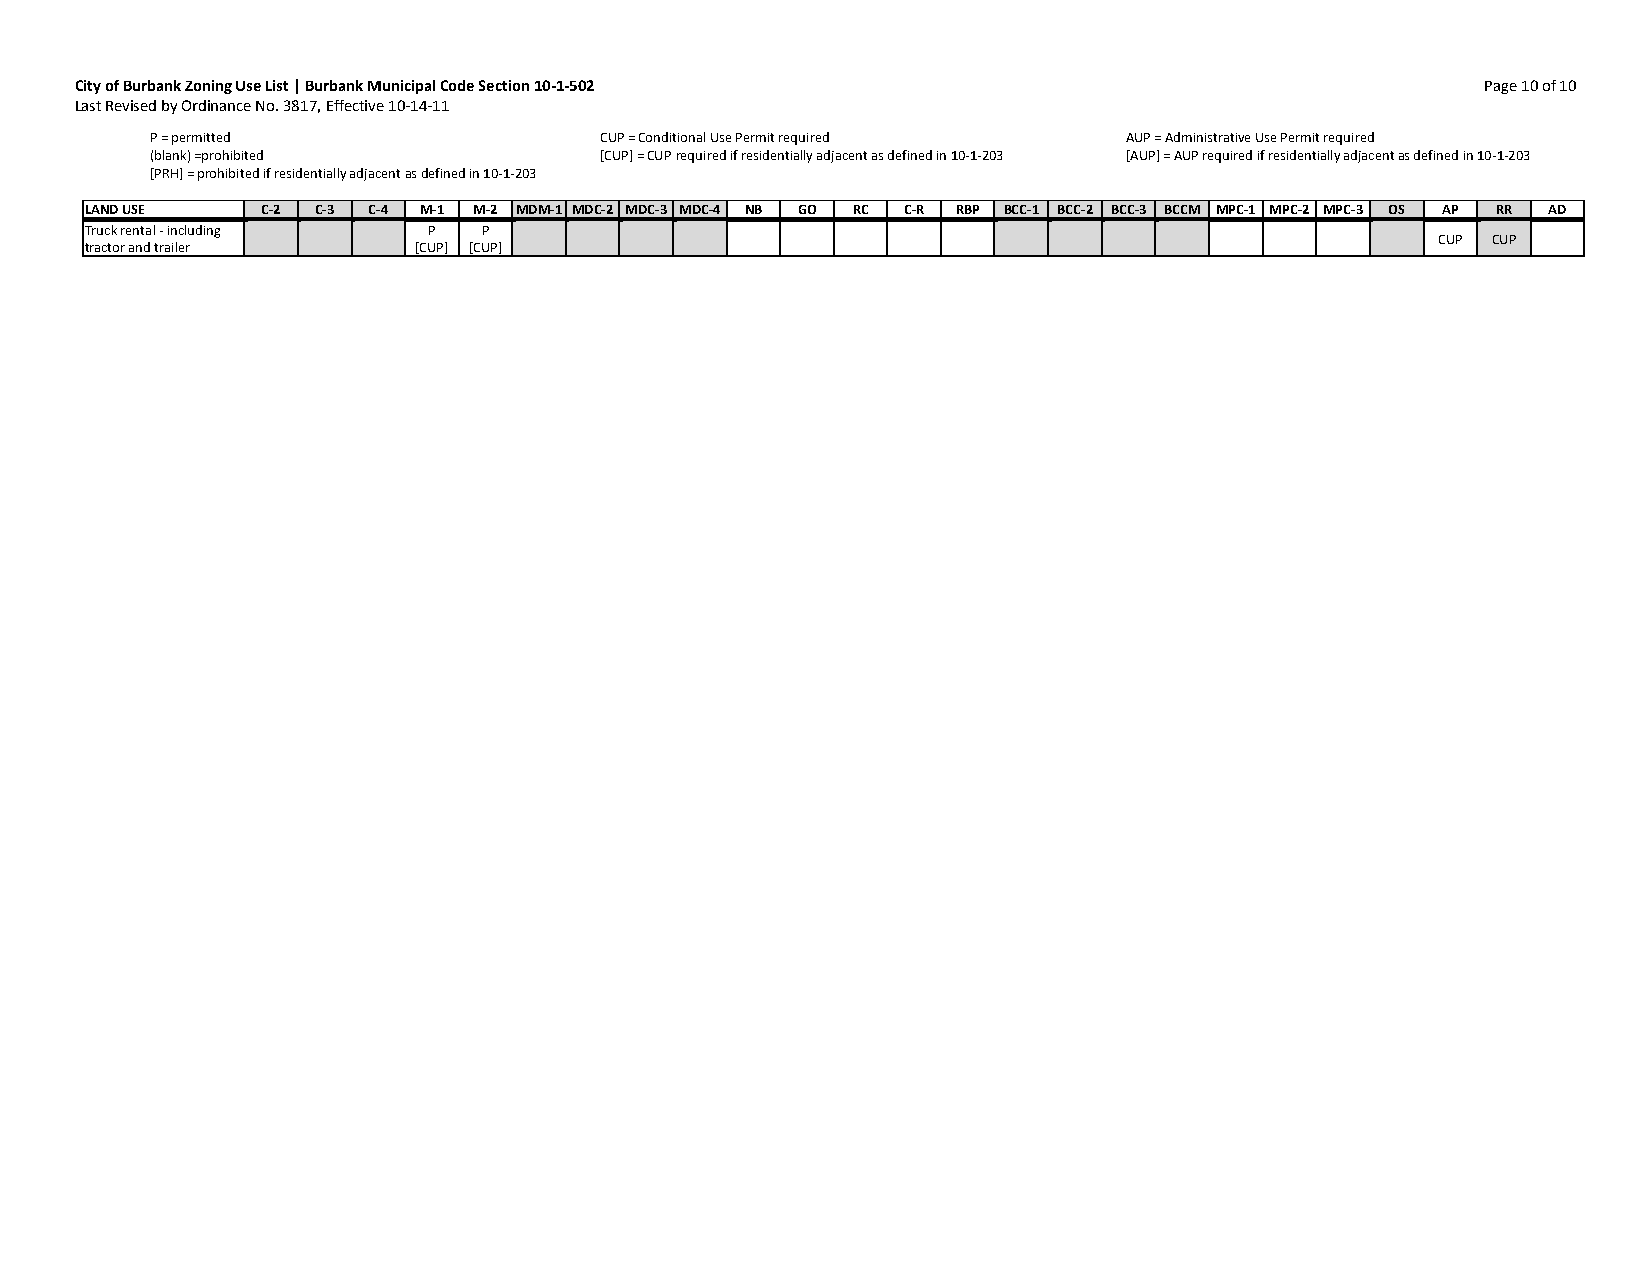
City of Burbank Zoning Use List | Burbank Municipal Code Section 10-1-502                    Page 10 of 10
 Last Revised by Ordinance No. 3817, Effective 10-14-11
 P = permitted                 CUP = Conditional Use Permit required AUP = Administrative Use Permit required
 (blank) =prohibited           [CUP] = CUP required if residentially adjacent as defined in 10-1-203 [AUP] = AUP required if residentially adjacent as defined in 10-1-203
 [PRH] = prohibited if residentially adjacent as defined in 10-1-203
 LAND USE   C-2 C-3 C-4 M-1 M-2 MDM-1 MDC-2 MDC-3 MDC-4 NB GO RC C-R RBP BCC-1 BCC-2 BCC-3 BCCM MPC-1 MPC-2 MPC-3 OS AP RR AD
 Truck rental - including P P
 CUP CUP
 tractor and trailer  [CUP] [CUP]